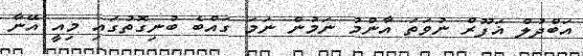
އަބްދުލް ޣަފޫރް ނުވަތަ އާންމު ނަމުން ނަމަ ގައްބެ ބުނިގޮތުގައި މިއީ އޭނާ